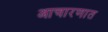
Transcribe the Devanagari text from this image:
आचारणात